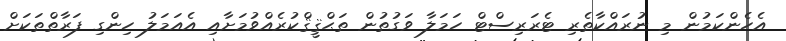
އެހެންކަމުން މި ނުރައްކާތެރި ޓެރަރިސްޓް ހަމަލާ ވަގުތުން ތަޙްޤީޤްކުރެއްވުމަށާއި އެއަމަލު ހިންގި ފަރާތްތަކަށް